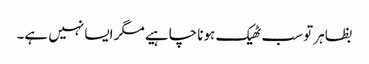
بظاہر تو سب ٹھیک ہونا چاہیے مگر ایسا نہیں ہے۔